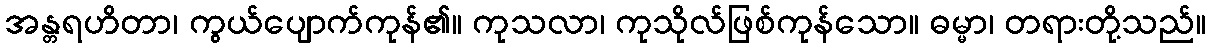
အန္တရဟိတာ၊ ကွယ်ပျောက်ကုန်၏။ ကုသလာ၊ ကုသိုလ်ဖြစ်ကုန်သော။ ဓမ္မာ၊ တရားတို့သည်။